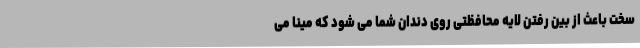
سخت باعث از بین رفتن لایه محافظتی روی دندان شما می شود که مینا می